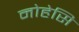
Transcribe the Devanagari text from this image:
नोहेसि